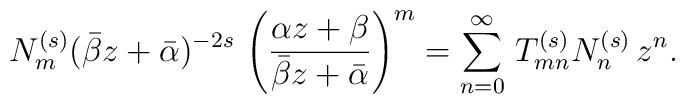
N_m^{(s)}(\bar{\beta} z+\bar{\alpha})^{-2s}\,\left(\frac{\alpha z+\beta}{\bar{\beta} z+\bar{\alpha}}\right)^m=\sum_{n=0}^{\infty}\,T_{mn}^{(s)}N_n^{(s)}\,z^n.